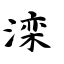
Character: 滦